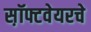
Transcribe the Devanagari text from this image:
स़ॉफ्टवेयरचे